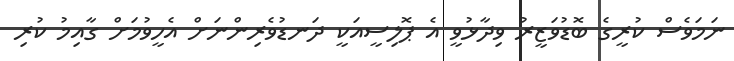
ނަމަވެސް ކުރީގެ ބޮޑުވަޒީރު ވިދާޅުވީ އެ ޕޮލިސީއަކީ ދަނޑުވެރިންނަށް އެހީވުމަށް ގާއިމު ކުރި